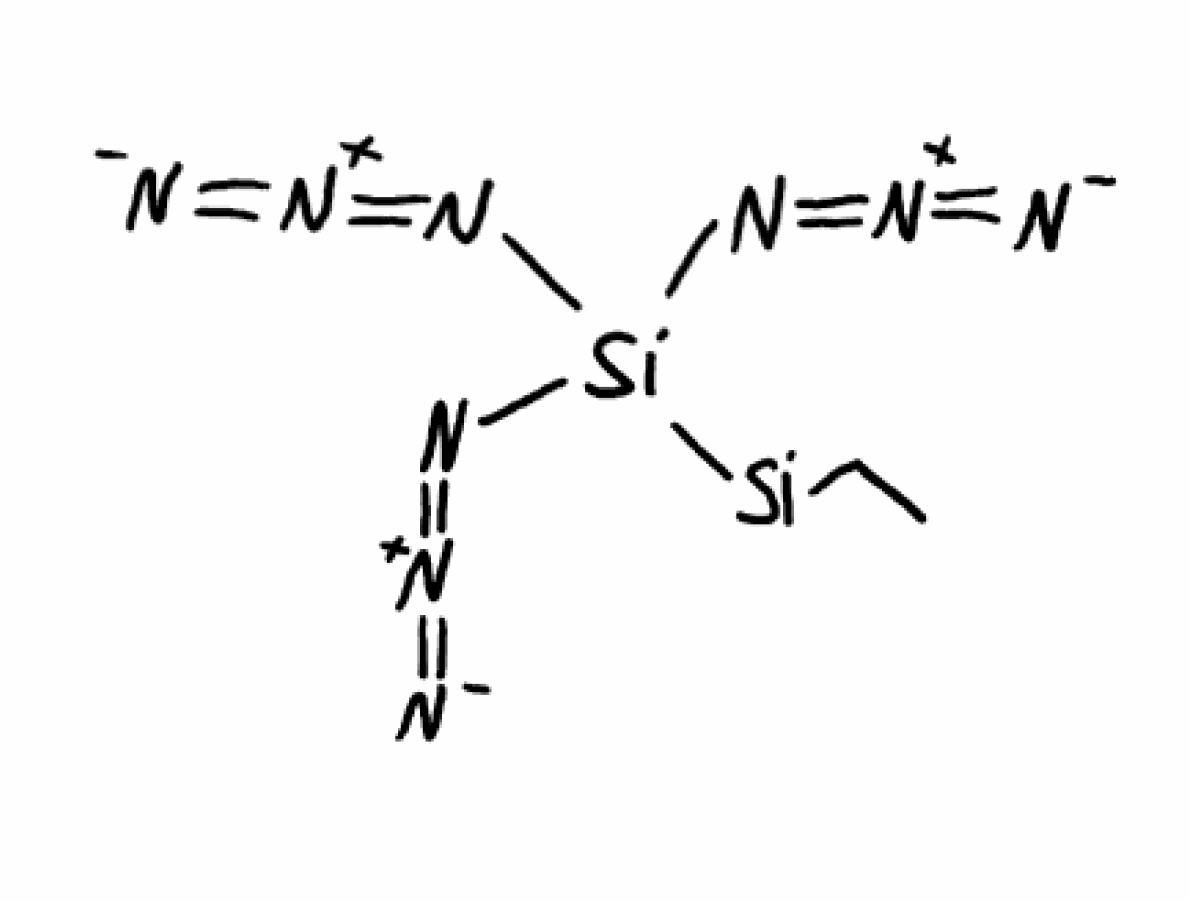
Simplified molecular-input line-entry system (SMILES) notation of the given molecule:
CC[Si][Si](N=[N+]=[N-])(N=[N+]=[N-])N=[N+]=[N-]